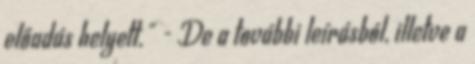
előadás helyett." - De a további leí­rásból, illetve a